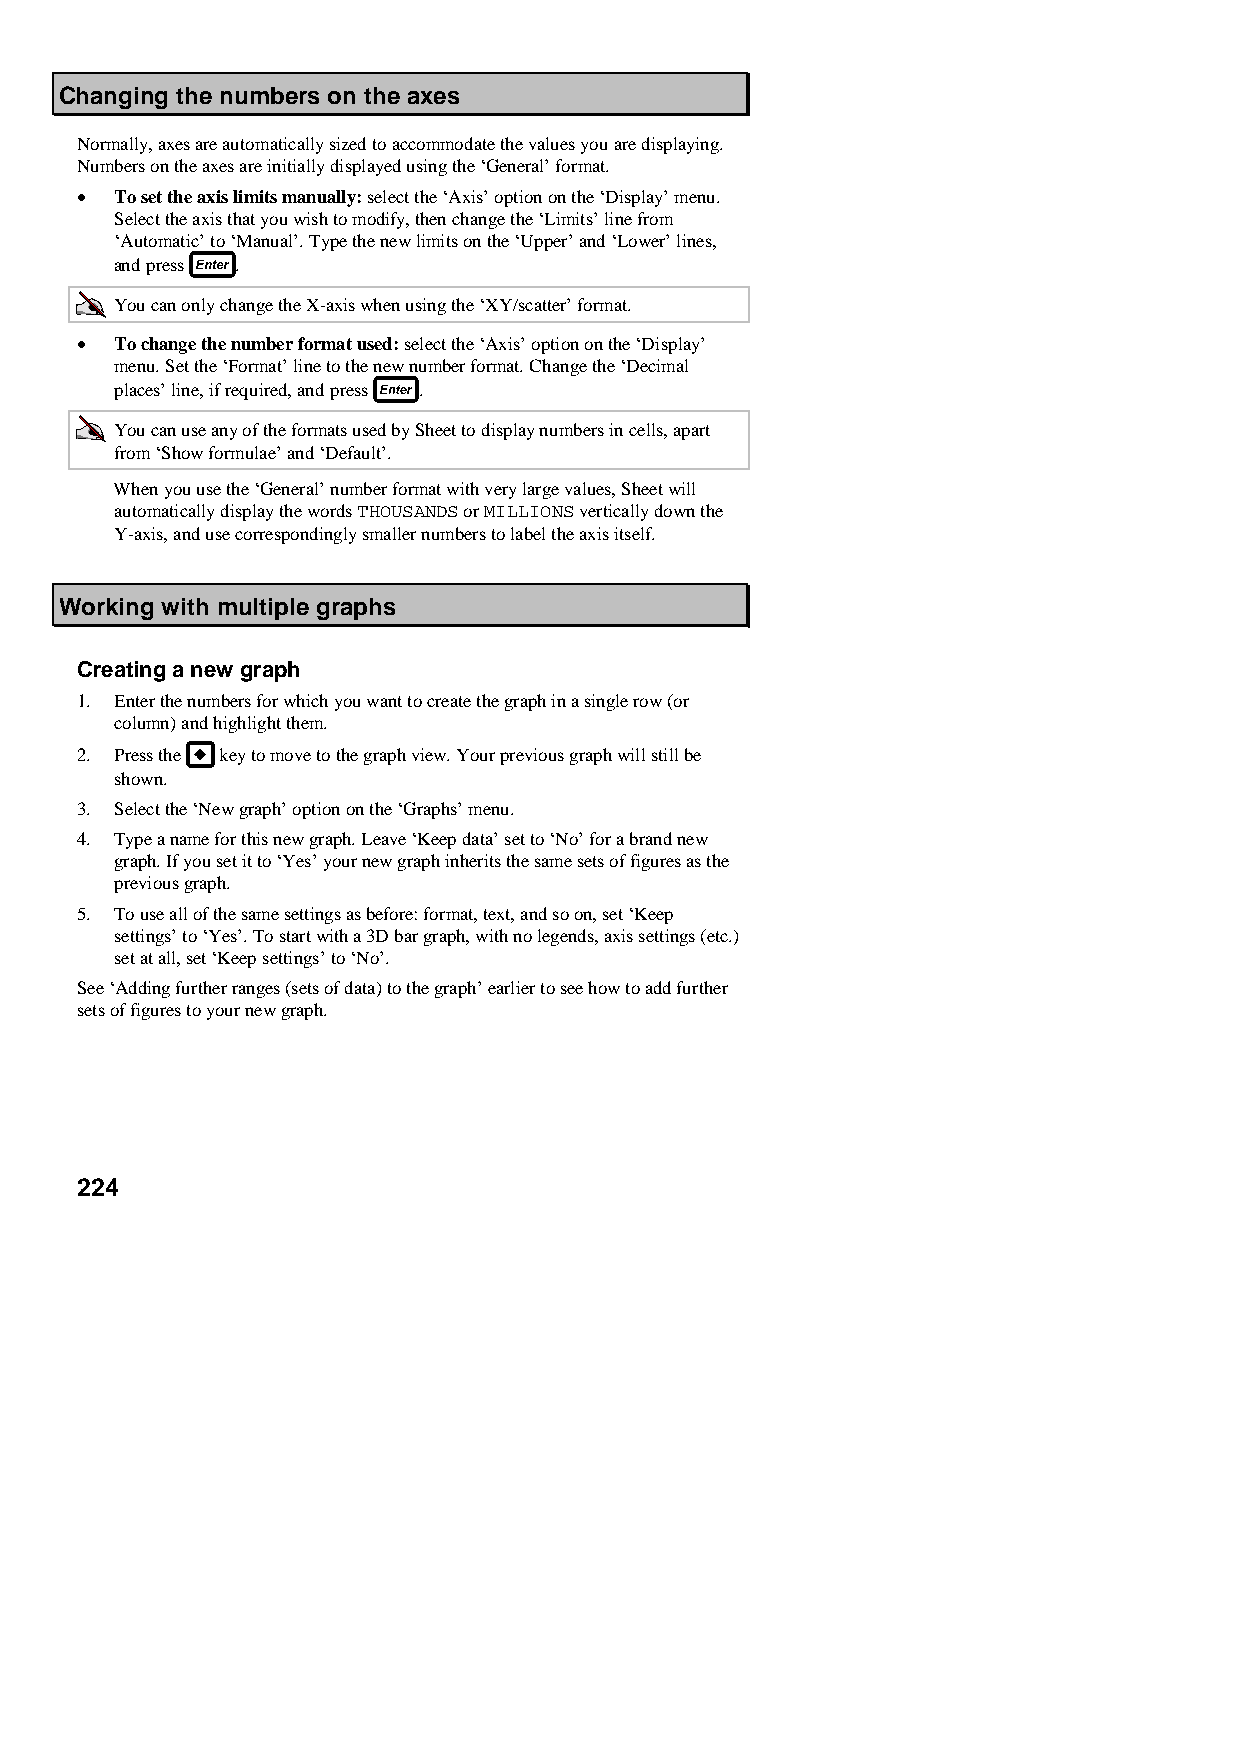
Changing the numbers on the axes
 Normally, axes are automatically sized to accommodate the values you are displaying.
 Numbers on the axes are initially displayed using the ‘General’ format.
 •  To set the axis limits manually: select the ‘Axis’ option on the ‘Display’ menu.
 Select the axis that you wish to modify, then change the ‘Limits’ line from
 ‘Automatic’ to ‘Manual’. Type the new limits on the ‘Upper’ and ‘Lower’ lines,
 and press .
 You can only change the X-axis when using the ‘XY/scatter’ format.
 •  To change the number format used: select the ‘Axis’ option on the ‘Display’
 menu. Set the ‘Format’ line to the new number format. Change the ‘Decimal
 places’ line, if required, and press .
 You can use any of the formats used by Sheet to display numbers in cells, apart
 from ‘Show formulae’ and ‘Default’.
 When you use the ‘General’ number format with very large values, Sheet will
 automatically display the words THOUSANDS or MILLIONS vertically down the
 Y-axis, and use correspondingly smaller numbers to label the axis itself.
 Working with multiple graphs
 Creating a new graph
 1. Enter the numbers for which you want to create the graph in a single row (or
 column) and highlight them.
 2. Press the key to move to the graph view. Your previous graph will still be
 shown.
 3. Select the ‘New graph’ option on the ‘Graphs’ menu.
 4. Type a name for this new graph. Leave ‘Keep data’ set to ‘No’ for a brand new
 graph. If you set it to ‘Yes’ your new graph inherits the same sets of figures as the
 previous graph.
 5. To use all of the same settings as before: format, text, and so on, set ‘Keep
 settings’ to ‘Yes’. To start with a 3D bar graph, with no legends, axis settings (etc.)
 set at all, set ‘Keep settings’ to ‘No’.
 See ‘Adding further ranges (sets of data) to the graph’ earlier to see how to add further
 sets of figures to your new graph.
 224